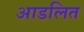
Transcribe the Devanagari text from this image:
आडलित